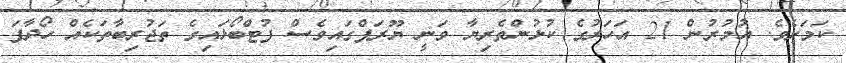
ކަމަށެވެ. އުމުރުން 21 އަހަރުގެ ކުޅުންތެރިޔާ ވަނީ ޔޫރަޕްގައިވެސް ފުޓްބޯޅައިގެ ތަޖުރިބާތަކެއް ހޯދާފަ